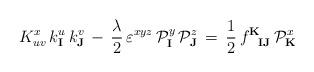
LaTeX: \begin{align*}K^x_{uv} \, k^u_\mathbf{I} \, k^v_\mathbf{J} \, - \,{ \frac{\lambda}{2}} \, \varepsilon^{xyz} \,{\cal P}_\mathbf{I}^y \, {\cal P}_\mathbf{J}^z\,= \, {\frac{1}{2}} \,f^{\mathbf{K}}_{\phantom{\mathbf{K}}\mathbf{I}\mathbf{J}}\, {\cal P}_\mathbf{K}^{x}\end{align*}